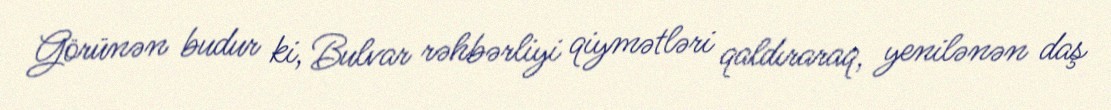
Görünən budur ki, Bulvar rəhbərliyi qiymətləri qaldıraraq, yenilənən daş